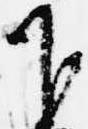
下